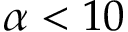
\alpha < 1 0